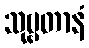
သုဗ္ဗတာနံ